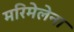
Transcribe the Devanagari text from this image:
मरिमेलेना